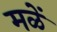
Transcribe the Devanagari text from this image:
मळें